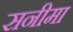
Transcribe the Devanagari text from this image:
सनीमा